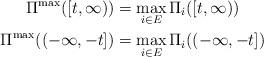
LaTeX: \begin{align*}\Pi^\mathrm{max}([t,\infty))&=\max_{i\in E} \Pi_i([t,\infty))\\\Pi^\mathrm{max}((-\infty,-t])&=\max_{i\in E} \Pi_i((-\infty,-t])\end{align*}